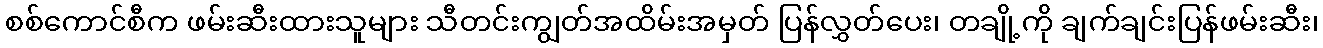
စစ်ကောင်စီက ဖမ်းဆီးထားသူများ သီတင်းကျွတ်အထိမ်းအမှတ် ပြန်လွှတ်ပေး၊ တချို့ကို ချက်ချင်းပြန်ဖမ်းဆီး၊